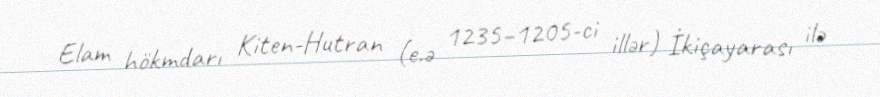
Elam hökmdarı Kiten-Hutran (e.ə 1235–1205-ci illər) İkiçayarası ilə